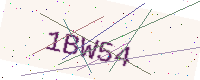
Text: 1BW54